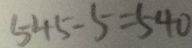
5 4 5 - 5 = 5 4 0